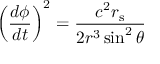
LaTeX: \left( { \frac { d \phi } { d t } } \right) ^ { 2 } = { \frac { c ^ { 2 } r _ { \mathrm { { s } } } } { 2 r ^ { 3 } \sin ^ { 2 } \theta } }